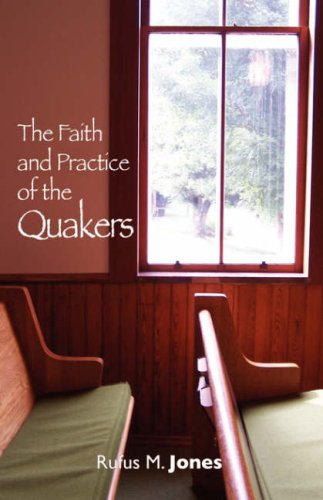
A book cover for The Faith and Practice of the Quakers; Rufus Jones; Christian Books & Bibles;